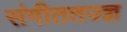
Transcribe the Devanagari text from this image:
संगीततज्ज्ञ